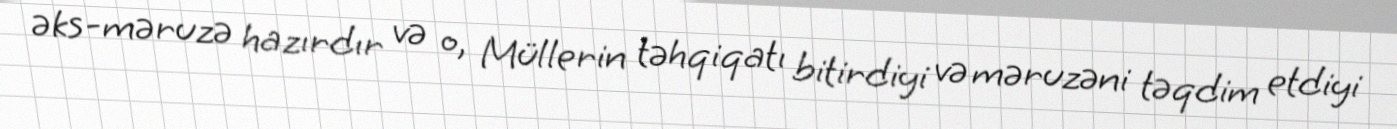
əks-məruzə hazırdır və o, Müllerin təhqiqatı bitirdiyi və məruzəni təqdim etdiyi